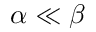
\alpha \ll \beta